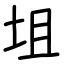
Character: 坥